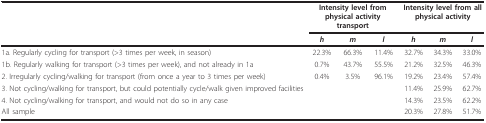
<table><thead><tr><td></td><td colspan="3"><b>Intensity level from physical activity transport</b></td><td colspan="3"><b>Intensity level from all physical activity</b></td></tr><tr><td></td><td><b><i>h</i></b></td><td><b><i>m</i></b></td><td><b><i>l</i></b></td><td><b><i>h</i></b></td><td><b><i>m</i></b></td><td><b><i>l</i></b></td></tr></thead><tbody><tr><td>1a. Regularly cycling for transport (&gt;3 times per week, in season)</td><td>22.3%</td><td>66.3%</td><td>11.4%</td><td>32.7%</td><td>34.3%</td><td>33.0%</td></tr><tr><td>1b. Regularly walking for transport (&gt;3 times per week), and not already in 1a</td><td>0.7%</td><td>43.7%</td><td>55.5%</td><td>21.2%</td><td>32.5%</td><td>46.3%</td></tr><tr><td>2. Irregularly cycling/walking for transport (from once a year to 3 times per week)</td><td>0.4%</td><td>3.5%</td><td>96.1%</td><td>19.2%</td><td>23.4%</td><td>57.4%</td></tr><tr><td>3. Not cycling/walking for transport, but could potentially cycle/walk given improved facilities</td><td></td><td></td><td></td><td>11.4%</td><td>25.9%</td><td>62.7%</td></tr><tr><td>4. Not cycling/walking for transport, and would not do so in any case</td><td></td><td></td><td></td><td>14.3%</td><td>23.5%</td><td>62.2%</td></tr><tr><td>All sample</td><td></td><td></td><td></td><td>20.3%</td><td>27.8%</td><td>51.7%</td></tr></tbody></table>